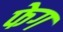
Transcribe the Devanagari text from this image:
फेग